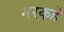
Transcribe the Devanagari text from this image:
मरकहे